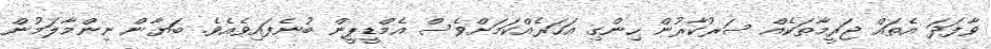
ވާފަދަ އެތައް ޖަރީމާތަކެއް ސަރުކާރުން ހިންގި އަހަރެއްކަމަށްވެސް އެމްޑީޕީން ބުނެފައިވެއެވެ. ބަޔާން ނިންމާލަމުން